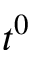
t ^ { 0 }